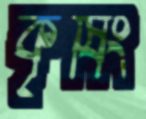
কৃষিং